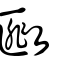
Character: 𢾺